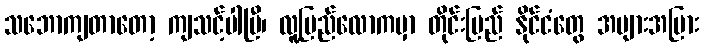
သဘောကျတာတော့ ကျသင့်ပါပြီ၊ လူ့ပြည်လောကမှာ တိုင်းပြည် နိုင်ငံတွေ အများအပြား